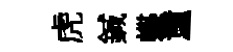
虎鍼蝶童